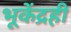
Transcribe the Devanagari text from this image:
भूकेंद्रही